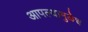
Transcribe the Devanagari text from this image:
आपल्यामुळेच